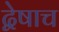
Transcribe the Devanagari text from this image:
द्वेषाच